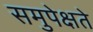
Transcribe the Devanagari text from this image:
समुपेक्षते